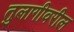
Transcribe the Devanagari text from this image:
तुलागीवरील